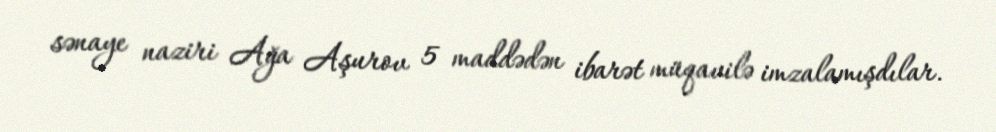
sənaye naziri Ağa Aşurov 5 maddədən ibarət müqavilə imzalamışdılar.